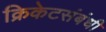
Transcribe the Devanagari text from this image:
क्रिकेटसंबंधी